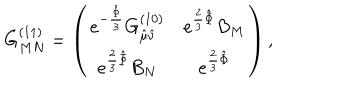
G _ { M N } ^ { ( 1 1 ) } = \left( \begin{matrix} { { e ^ { - { \frac { \hat { \Phi } } { 3 } } } G _ { \hat { \mu } \hat { \nu } } ^ { ( 1 0 ) } } } & { { e ^ { { \frac { 2 } { 3 } } \hat { \Phi } } B _ { M } } } \\ { { e ^ { { \frac { 2 } { 3 } } \hat { \Phi } } B _ { N } } } & { { e ^ { { \frac { 2 } { 3 } } \hat { \Phi } } } } \\ \end{matrix} \right) ,